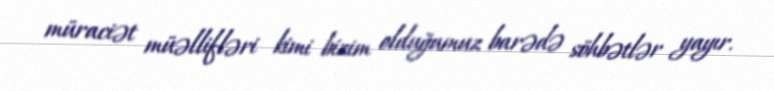
müraciət müəllifləri kimi bizim olduğumuz barədə söhbətlər yayır.